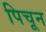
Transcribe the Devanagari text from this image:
पिचून